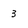
Character: 3